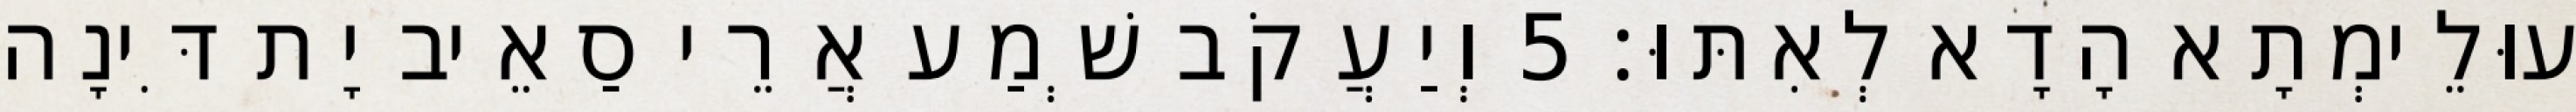
עוּלֵימְתָא הָדָא לְאִתּוּ׃ 5 וְיַעֲקֹב שְׁמַע אֲרֵי סַאֵיב יָת דִּינָה